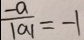
\frac { - a } { \vert a \vert } = - 1